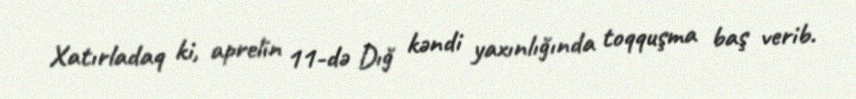
Xatırladaq ki, aprelin 11-də Dığ kəndi yaxınlığında toqquşma baş verib.